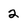
Character: 2